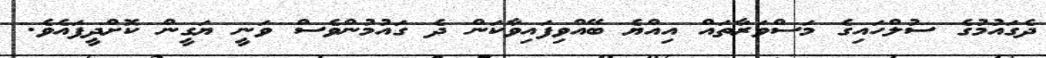
ދެގައުމުގެ ސުލްހައިގެ މަސްވަރާތައް އިއްޔެ ބޭއްވިފައިވާކަން ދެ ގައުމުންވެސް ވަނީ ޔަގީން ކޮށްދީފައެވެ.